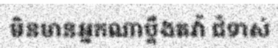
មិនមានអ្នកណាប្តឹងតវ៉ា ជំទាស់